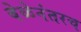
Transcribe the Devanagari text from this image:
वेळेनंतरच